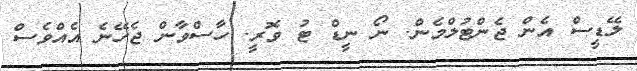
ލޭޑީސް އެން ޖެންޓުލްމެން. ނޯ ނީޑް ޓު ވޮރީ. ހާސްވާން ޖެހޭނެ އެއްވެސް